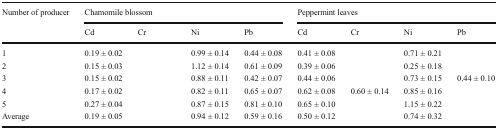
<table><thead><tr><td rowspan="2"><b>Number of producer</b></td><td colspan="4"><b>Chamomile blossom</b></td><td colspan="4"><b>Peppermint leaves</b></td></tr><tr><td><b>Cd</b></td><td><b>Cr</b></td><td><b>Ni</b></td><td><b>Pb</b></td><td><b>Cd</b></td><td><b>Cr</b></td><td><b>Ni</b></td><td><b>Pb</b></td></tr></thead><tbody><tr><td>1</td><td>0.19 ± 0.02</td><td>[EMPTY_CELL]</td><td>0.99 ± 0.14</td><td>0.44 ± 0.08</td><td>0.41 ± 0.08</td><td>[EMPTY_CELL]</td><td>0.71 ± 0.21</td><td>[EMPTY_CELL]</td></tr><tr><td>2</td><td>0.15 ± 0.03</td><td>[EMPTY_CELL]</td><td>1.12 ± 0.14</td><td>0.61 ± 0.09</td><td>0.39 ± 0.06</td><td>[EMPTY_CELL]</td><td>0.25 ± 0.18</td><td>[EMPTY_CELL]</td></tr><tr><td>3</td><td>0.15 ± 0.02</td><td>[EMPTY_CELL]</td><td>0.88 ± 0.11</td><td>0.42 ± 0.07</td><td>0.44 ± 0.06</td><td>[EMPTY_CELL]</td><td>0.73 ± 0.15</td><td>0.44 ± 0.10</td></tr><tr><td>4</td><td>0.17 ± 0.02</td><td>[EMPTY_CELL]</td><td>0.82 ± 0.11</td><td>0.65 ± 0.07</td><td>0.62 ± 0.08</td><td>0.60 ± 0.14</td><td>0.85 ± 0.16</td><td>[EMPTY_CELL]</td></tr><tr><td>5</td><td>0.27 ± 0.04</td><td>[EMPTY_CELL]</td><td>0.87 ± 0.15</td><td>0.81 ± 0.10</td><td>0.65 ± 0.10</td><td>[EMPTY_CELL]</td><td>1.15 ± 0.22</td><td>[EMPTY_CELL]</td></tr><tr><td>Average</td><td>0.19 ± 0.05</td><td>[EMPTY_CELL]</td><td>0.94 ± 0.12</td><td>0.59 ± 0.16</td><td>0.50 ± 0.12</td><td>[EMPTY_CELL]</td><td>0.74 ± 0.32</td><td>[EMPTY_CELL]</td></tr></tbody></table>